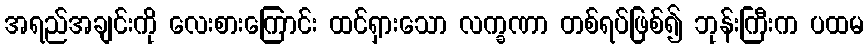
အရည်အချင်းကို လေးစားကြောင်း ထင်ရှားသော လက္ခဏာ တစ်ရပ်ဖြစ်၍ ဘုန်းကြီးက ပထမ